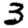
Digit: 3